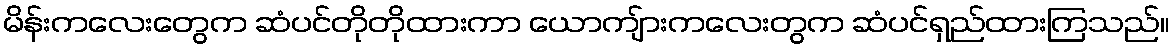
မိန်းကလေးတွေက ဆံပင်တိုတိုထားကာ ယောကျ်ားကလေးတွက ဆံပင်ရှည်ထားကြသည်။